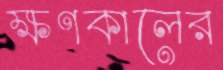
ক্ষণকালের